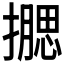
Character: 𰔮